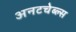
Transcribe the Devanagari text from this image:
अनटचेब्ल्स